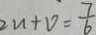
2 u + v = \frac { 7 } { 6 }